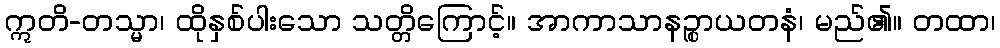
ဣတိ-တသ္မာ၊ ထိုနှစ်ပါးသော သတ္တိကြောင့်။ အာကာသာနဉ္စာယတနံ၊ မည်၏။ တထာ၊